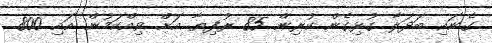
ގެނައި ބަދަލާ ގުޅިގެން ކުރިން 85 ރުފިޔާ އަށް ވިއްކަމުން އައި 800